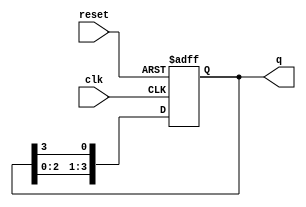
module binary_ring_counter (
    input wire clk,       // Clock input
    input wire reset,     // Reset input
    output reg [N-1:0] q // Output state of the counter
);
    parameter N = 4; // Number of flip-flops (states)

    always @(posedge clk or posedge reset) begin
        if (reset) begin
            // Initialize the counter to the first state
            q <= 1'b1; // Start with the first flip-flop set to '1'
        end else begin
            // Shift the '1' to the next flip-flop
            q <= {q[N-2:0], q[N-1]}; // Shift left and wrap around
        end
    end
endmodule